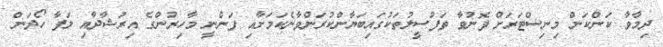
ދިމާވާ ކަންކަން މިނިސްޓަރަށް ފޮނުވާ ތަފުސީލުތަކުގައިބަޔާންކުރަންވާނެކަމަށާއި ފަންނީ މާހިރުންގެ އިރުޝާދާއި ލަފާ ހޯދަން